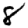
Digit: 8